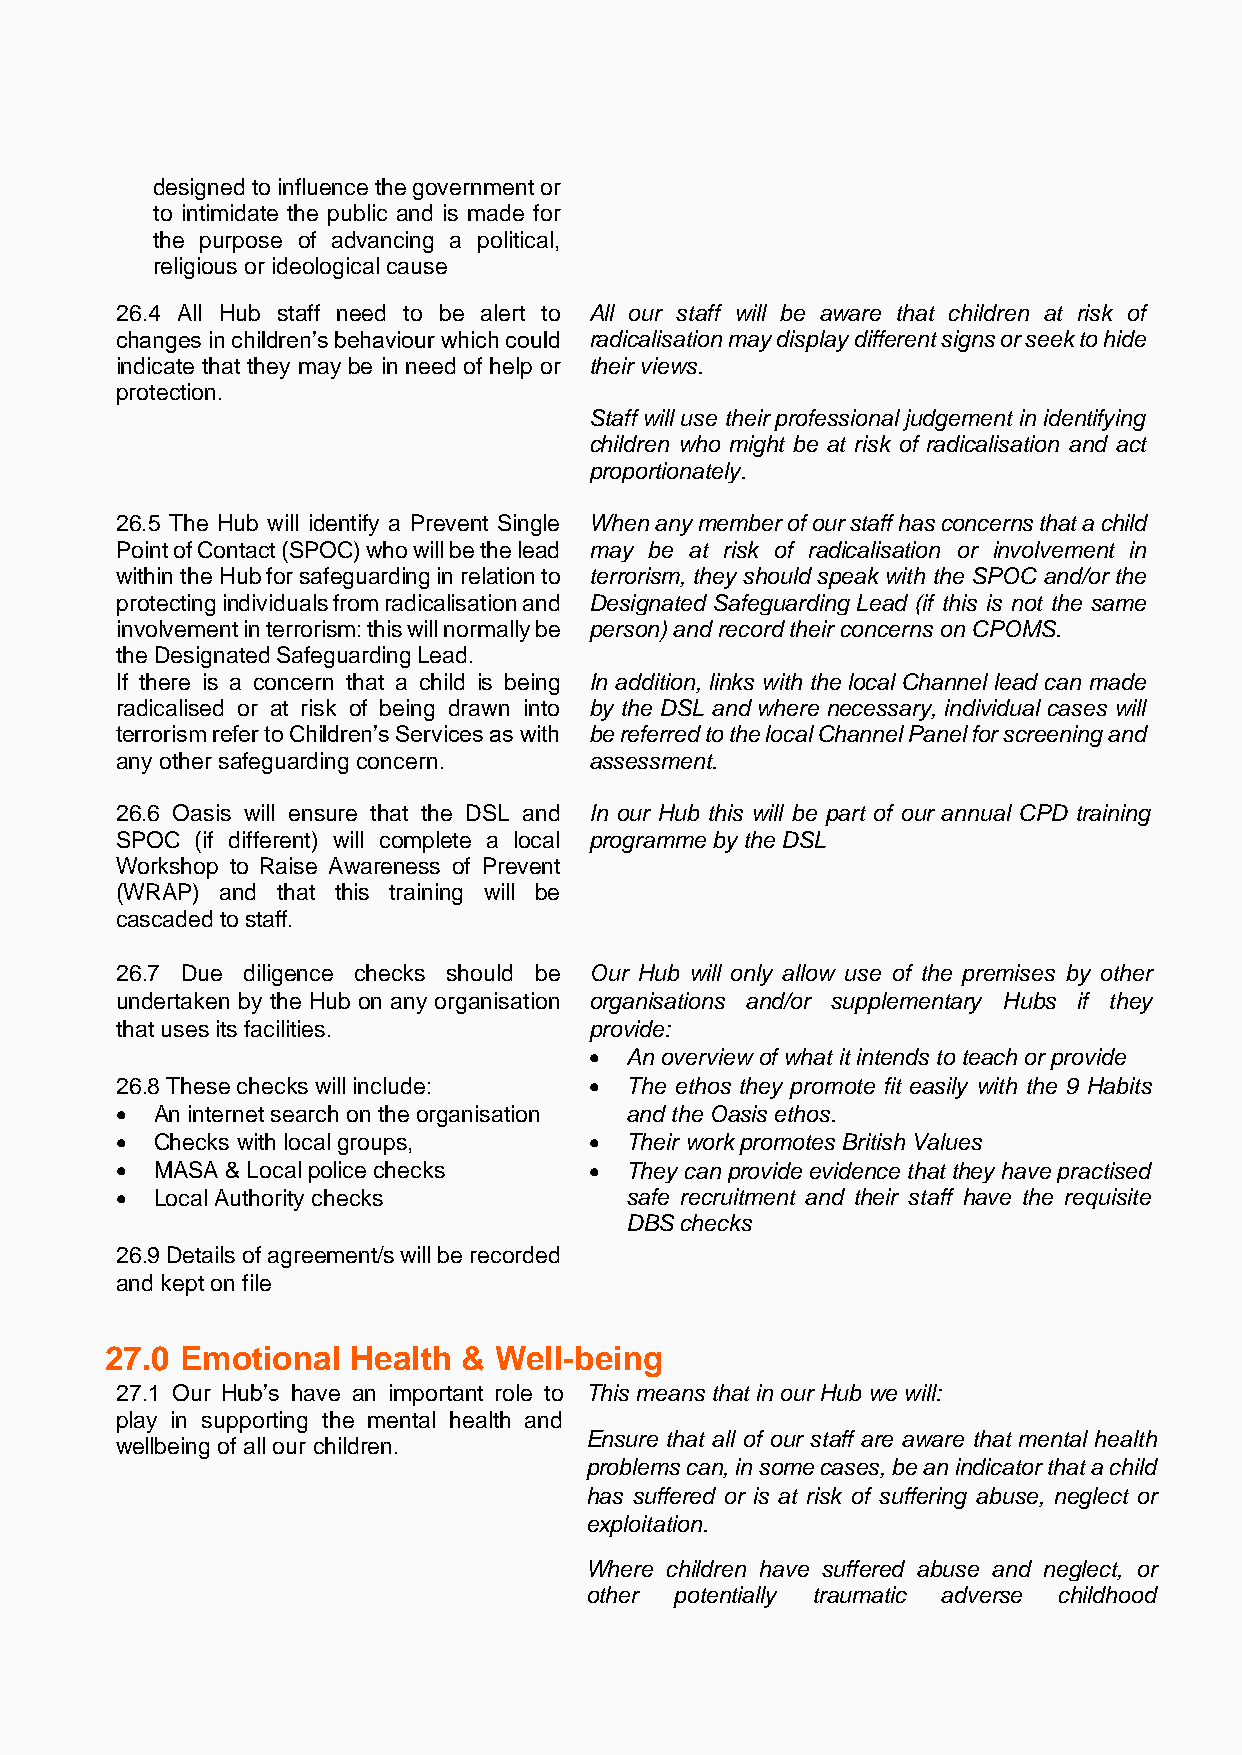
designed to influence the government or
 to intimidate the public and is made for
 the purpose of advancing a political,
 religious or ideological cause
 26.4 All Hub staff need to be alert to All our staff will be aware that children at risk of
 changes in children’s behaviour which could radicalisation may display different signs or seek to hide
 indicate that they may be in need of help or their views.
 protection.
 Staff will use their professional judgement in identifying
 children who might be at risk of radicalisation and act
 proportionately.
 26.5 The Hub will identify a Prevent Single When any member of our staff has concerns that a child
 Point of Contact (SPOC) who will be the lead may be at risk of radicalisation or involvement in
 within the Hub for safeguarding in relation to terrorism, they should speak with the SPOC and/or the
 protecting individuals from radicalisation and Designated Safeguarding Lead (if this is not the same
 involvement in terrorism: this will normally be person) and record their concerns on CPOMS.
 the Designated Safeguarding Lead.
 If there is a concern that a child is being In addition, links with the local Channel lead can made
 radicalised or at risk of being drawn into by the DSL and where necessary, individual cases will
 terrorism refer to Children’s Services as with be referred to the local Channel Panel for screening and
 any other safeguarding concern. assessment.
 26.6 Oasis will ensure that the DSL and In our Hub this will be part of our annual CPD training
 SPOC (if different) will complete a local programme by the DSL
 Workshop to Raise Awareness of Prevent
 (WRAP) and that this training will be
 cascaded to staff.
 26.7 Due diligence checks should be Our Hub will only allow use of the premises by other
 undertaken by the Hub on any organisation organisations and/or supplementary Hubs if they
 that uses its facilities.      provide:
 • An overview of what it intends to teach or provide
 26.8 These checks will include: • The ethos they promote fit easily with the 9 Habits
 • An internet search on the organisation and the Oasis ethos.
 • Checks with local groups,    • Their work promotes British Values
 • MASA & Local police checks   • They can provide evidence that they have practised
 • Local Authority checks         safe recruitment and their staff have the requisite
 DBS checks
 26.9 Details of agreement/s will be recorded
 and kept on file
 27.0 Emotional  Health  & Well-being
 27.1 Our Hub’s have an important role to This means that in our Hub we will:
 play in supporting the mental health and
 Ensure that all of our staff are aware that mental health
 wellbeing of all our children.
 problems can, in some cases, be an indicator that a child
 has suffered or is at risk of suffering abuse, neglect or
 exploitation.
 Where children have suffered abuse and neglect, or
 other potentially traumatic adverse childhood